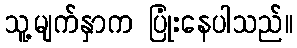
သူ့မျက်နှာက ပြုံးနေပါသည်။